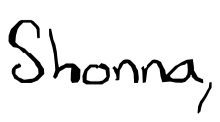
Text: Shonna,
Cross-out: clean
Writing tool: digital_black